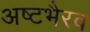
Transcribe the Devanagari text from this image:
अष्टभैरव